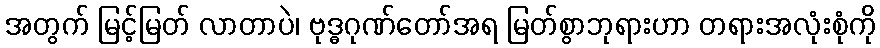
အတွက် မြင့်မြတ် လာတာပဲ၊ ဗုဒ္ဓဂုဏ်တော်အရ မြတ်စွာဘုရားဟာ တရားအလုံးစုံကို